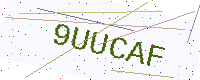
Text: 9UUCAF